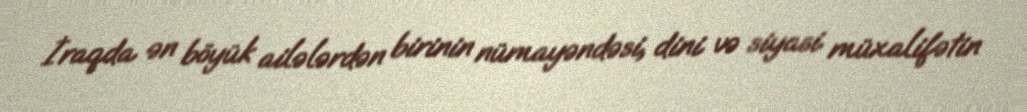
İraqda ən böyük ailələrdən birinin nümayəndəsi, dini və siyasi müxalifətin